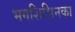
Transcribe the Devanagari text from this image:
भगशिशिनका